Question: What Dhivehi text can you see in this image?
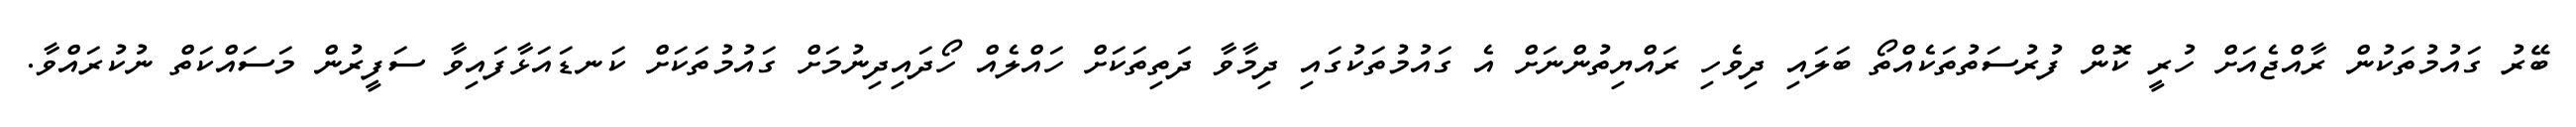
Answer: ބޭރު ގައުމުތަކުން ރާއްޖެއަށް ހުރީ ކޮން ފުރުސަތުތަކެއްތޯ ބަލައި ދިވެހި ރައްޔިތުންނަށް އެ ގައުމުތަކުގައި ދިމާވާ ދަތިތަކަށް ހައްލެއް ހޯދައިދިނުމަށް ގައުމުތަކަށް ކަނޑައަޅާފައިވާ ސަފީރުން މަސައްކަތް ނުކުރައްވާ.